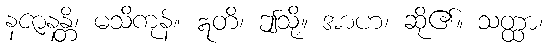
နဇာနန္တိ၊ မသိကုန်။ ဣတိ၊ ဤသို့။ အာဟ၊ ဆို၏။ သတ္ထာ၊